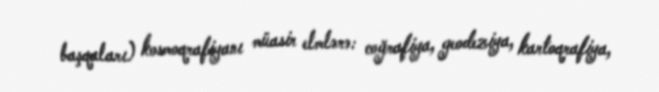
başqaları) kosmoqrafiyanı müasir elmlərə: coğrafiya, geodeziya, kartoqrafiya,